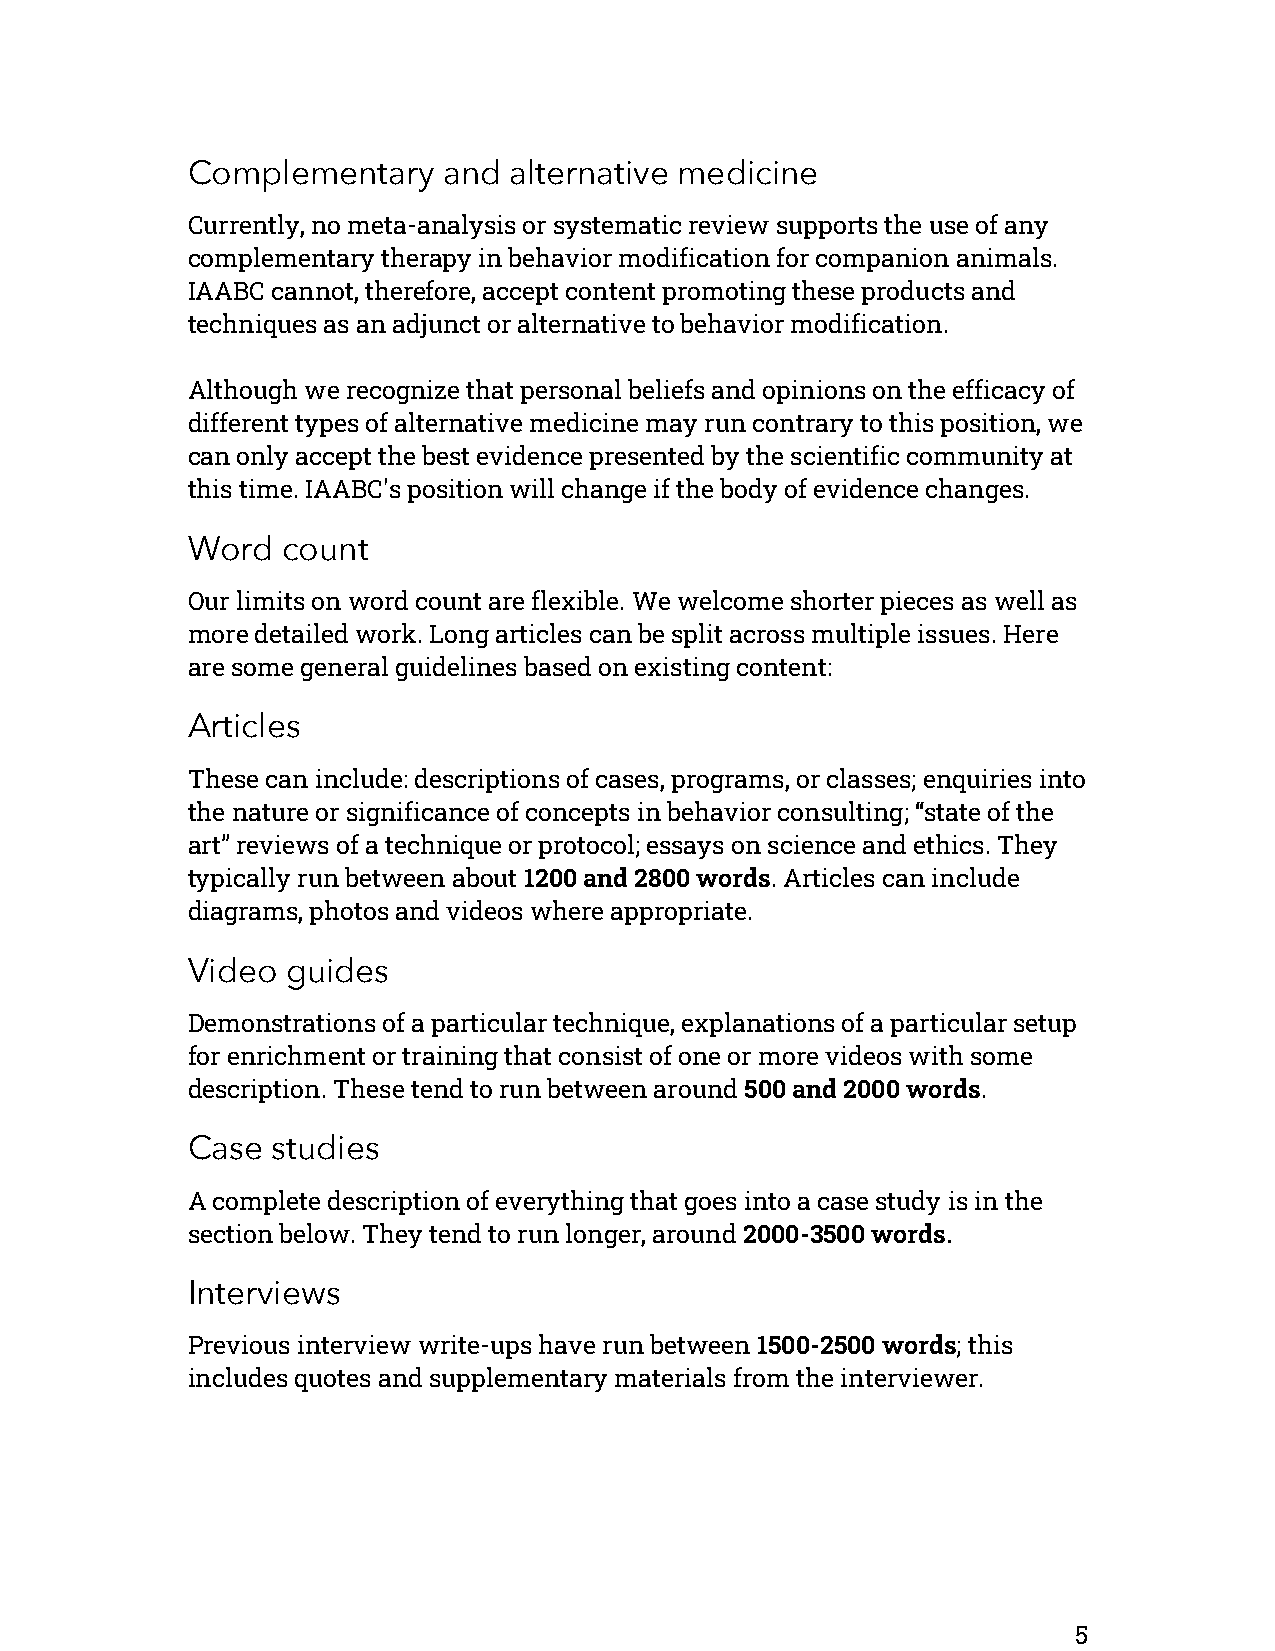
Complementary    and  alternative medicine
 Currently, no meta-analysis or systematic review supports the use of any
 complementary therapy in behavior modification for companion animals.
 IAABC cannot, therefore, accept content promoting these products and
 techniques as an adjunct or alternative to behavior modification.
 Although we recognize that personal beliefs and opinions on the efficacy of
 different types of alternative medicine may run contrary to this position, we
 can only accept the best evidence presented by the scientific community at
 this time. IAABC's position will change if the body of evidence changes.
 Word   count
 Our limits on word count are flexible. We welcome shorter pieces as well as
 more detailed work. Long articles can be split across multiple issues. Here
 are some general guidelines based on existing content:
 Articles
 These can include: descriptions of cases, programs, or classes; enquiries into
 the nature or significance of concepts in behavior consulting; “state of the
 art” reviews of a technique or protocol; essays on science and ethics. They
 typically run between about 1200 and 2800 words. Articles can include
 diagrams, photos and videos where appropriate.
 Video  guides
 Demonstrations of a particular technique, explanations of a particular setup
 for enrichment or training that consist of one or more videos with some
 description. These tend to run between around 500 and 2000 words.
 Case  studies
 A complete description of everything that goes into a case study is in the
 section below. They tend to run longer, around 2000-3500 words.
 Interviews
 Previous interview write-ups have run between 1500-2500 words; this
 includes quotes and supplementary materials from the interviewer.
 5